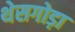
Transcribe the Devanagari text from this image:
थेसगोड़ा